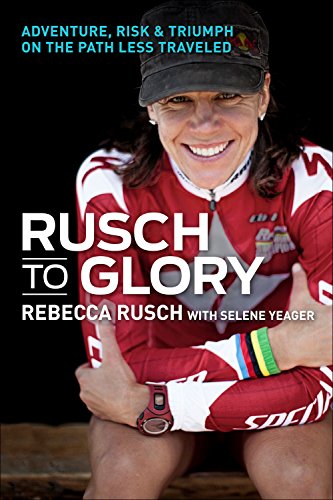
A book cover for Rusch to Glory: Adventure, Risk & Triumph on the Path Less Traveled; Rebecca Rusch; Sports & Outdoors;